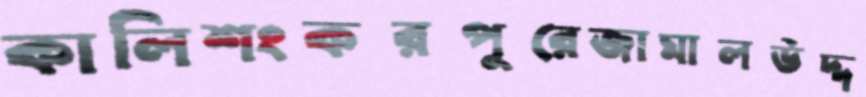
কালিশংকরপুরেজামালউদ্দ